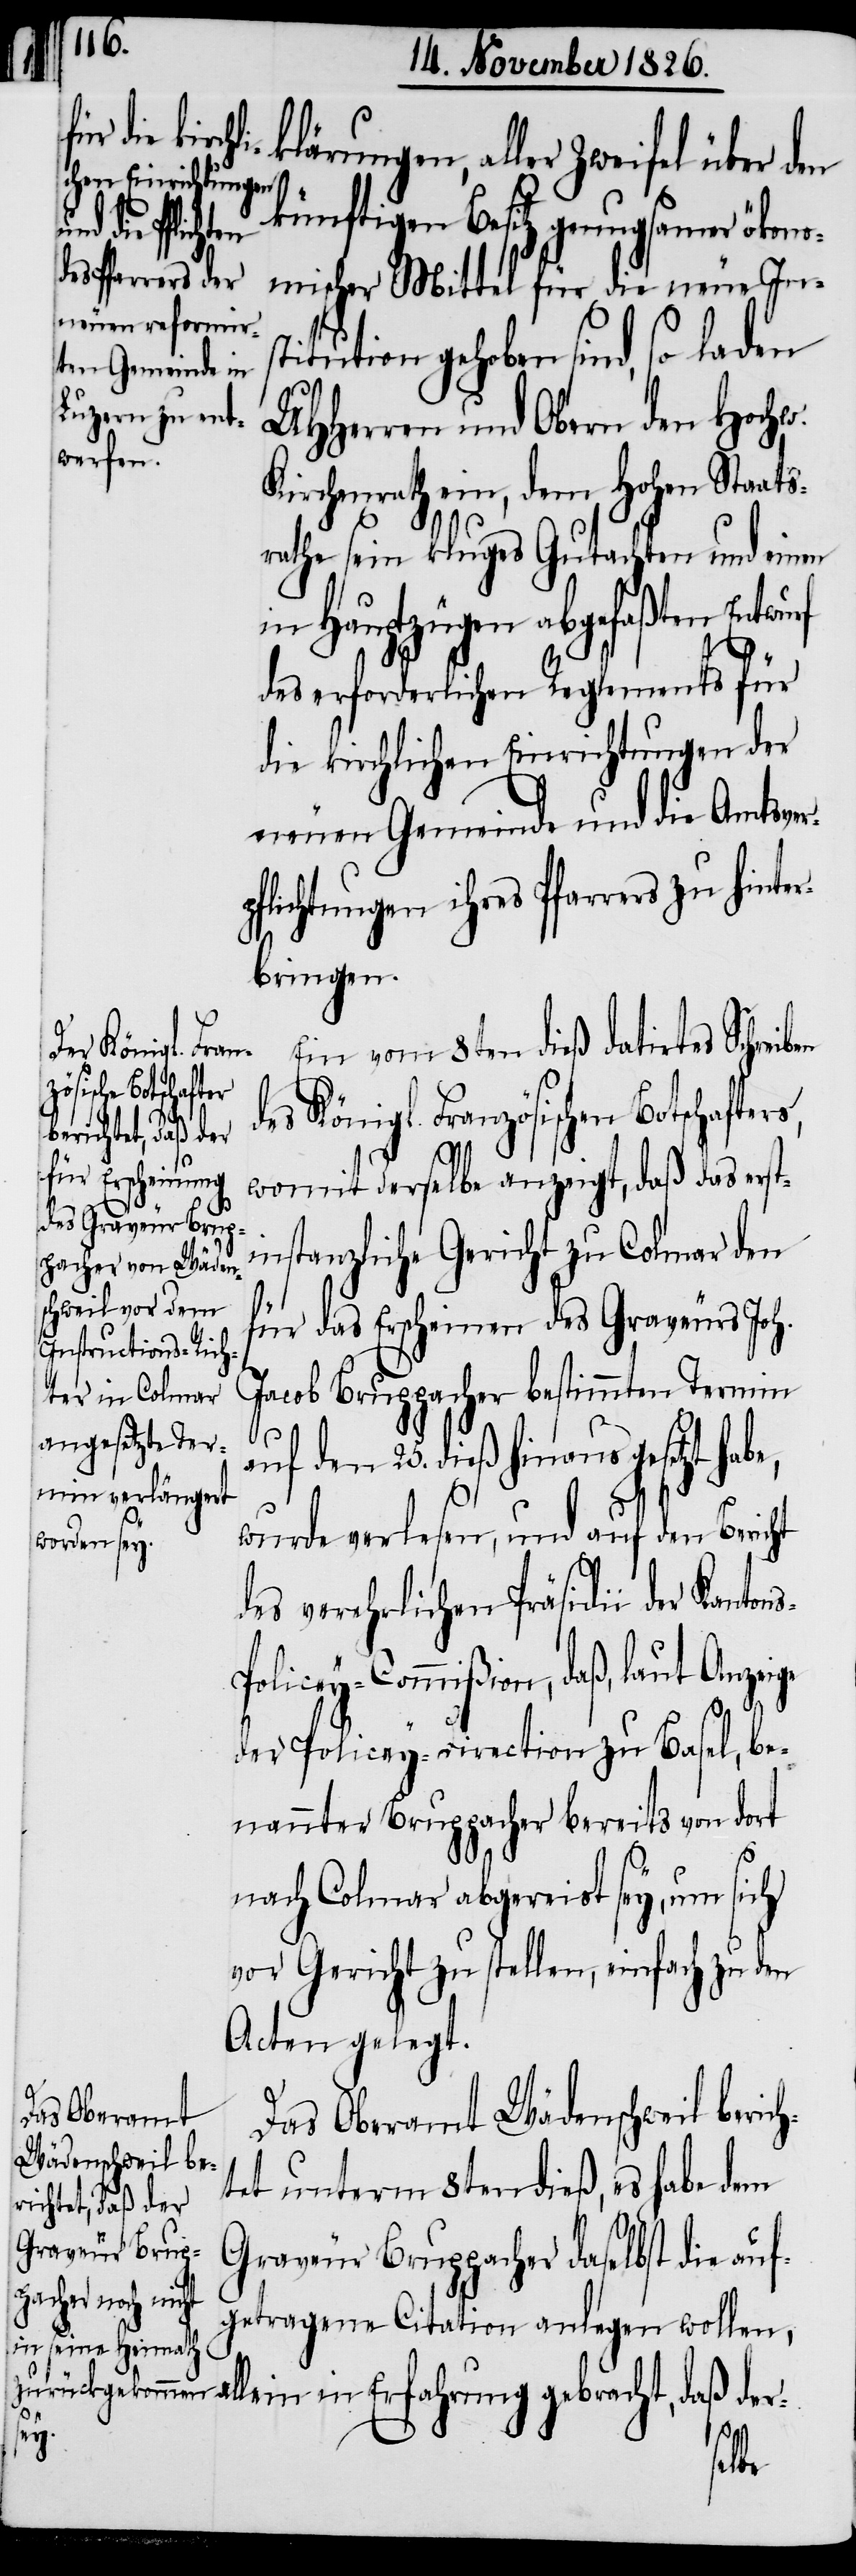
künftigen Besitz genugsamer ökono¬
in Erfahrung
mischer Mittel für die neue Ins¬
titution gehoben sind, so laden
UHHerren und Obern den Hochw.
Kirchenrath ein, dem hohen Staat¬
rathe sein kluges Gutachten und einen
in Hauptzügen abgefaßten Ent¬
des erforderlichen Reglements für
die kirchlichen Einrichtungen der
neuen Gemeinde und die Amtsver¬
pflichtungen ihres Pfarrers zu hinter¬
bringen.
Ein vom 8ten dieß datirtes Schreib¬
des Königl. Französischen Bothschaf¬
bracht, daß der-
womit derselbe anzeigt, daß das erst¬
instanzliche Gericht zu Colmar den
für das Erscheinen des Graveurs Joh.
Jacob Bruppacher bestimmten Termin
auf den 25. dieß hinaus gesetzt habe,
wurde verlesen, und auf den Bericht
des verehrlichen Präsidii der Kanto¬
olicey-Commißion, daß, laut Anzeige
der Policey-Direction zu Basel, be¬
nannter Bruppacher bereits von dort
nach Colmar abgereist sey, um sich
vor Gericht zu stellen, einfach zu den
Acten gelegt.
Das Oberamt
Wädenschweil be¬
tet unterm 8ten dieß, es habe dem
Graveur Bruppacher daselbst die auf¬
klärungen,
getragene Citation anlegen wollen,
ge¬
allein